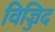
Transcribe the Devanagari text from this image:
विज्जिद